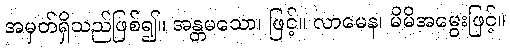
အမှတ်ရှိသည်ဖြစ်၍။ အန္တမသော၊ ဖြင့်။ လာမေန၊ မိမိအမွေးဖြင့်။